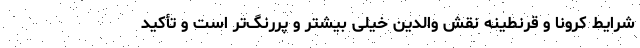
شرایط کرونا و قرنطینه نقش والدین خیلی بیشتر و پررنگ‌تر است و تأکید